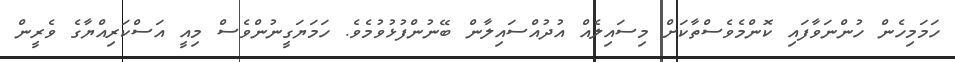
ހަމަމިހެން ހުންނަވާފައި ކޮންމެވެސްތާކަށް މިސައިލެއް އުދުއްސައިލާން ބޭނުންފުޅުވުމެވެ. ހަމަޔަގީނުންވެސް މިއީ އަސްކަރިއްޔާގެ ވެރީން